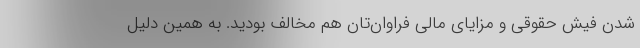
شدن فیش حقوقی و مزایای مالی فراوان‌تان هم مخالف بودید. به همین دلیل